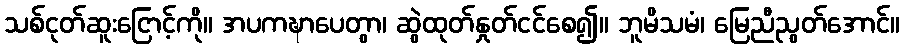
သစ်ငုတ်ဆူးငြောင့်ကို။ အပကဍ္ဎာပေတွာ၊ ဆွဲထုတ်နှုတ်ငင်စေ၍။ ဘူမိသမံ၊ မြေညီညွတ်အောင်။